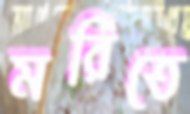
মরিতে